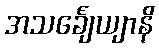
အသင်္ချေယျာနိ